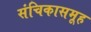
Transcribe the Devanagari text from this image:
संचिकासमूह